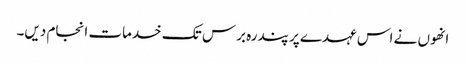
انھوں نے اس عہدے پر پندرہ برس تک خدمات انجام دیں۔